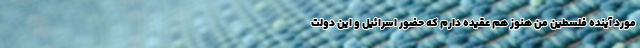
مورد آینده فلسطین من هنوز هم عقیده دارم که حضور اسرائیل و این دولت